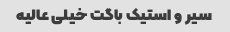
سیر و استیک باگت خیلی عالیه